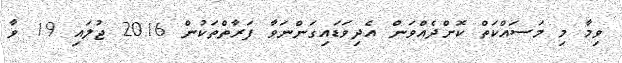
ވިމާ މި މަސައްކަތް ކޮށްދެއްވަން އެދިވަޑައިގަންނަވާ ފަރާތްތަކުން 2016 ޖުލައި 19 ވާ